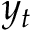
y _ { t }